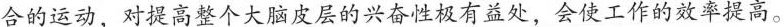
合的运动，对提高整个大脑皮层的兴奋性极有益处，会使工作的效率提高。